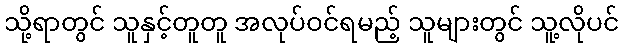
သို့ရာတွင် သူနှင့်တူတူ အလုပ်ဝင်ရမည့် သူများတွင် သူ့လိုပင်